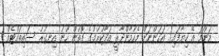
މަންމަ އޭ ކިޔާފައި) އަހަންނަށް މެހުމާންދާރީ އަދާކުރުމުގެ ގޮތުން ހޫނު އިނގުރު ސައިތައްޓެއް